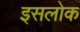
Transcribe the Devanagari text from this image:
इसलोक